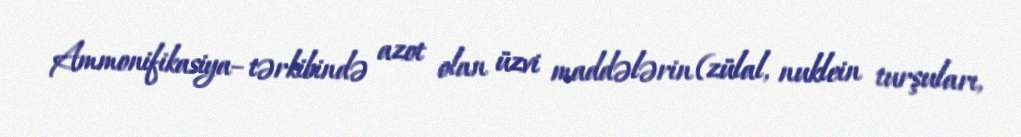
Ammonifikasiya– tərkibində azot olan üzvi maddələrin (zülal, nuklein turşuları,